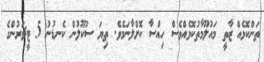
ތަންކޮޅެއް ޒާތީ މައުލޫމާތުކޮޅެއްވެސް ހިއްސާ ކޮށްލާނަމެވެ. ތިޔަ ސުކޫލުން ކެނޑުނު 5 ޓީޗަރުންގެ